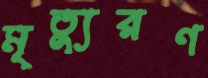
মৃত্যুরণ